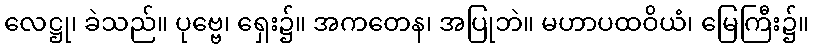
လေဋ္ဌု၊ ခဲသည်။ ပုဗ္ဗေ၊ ရှေး၌။ အကတေန၊ အပြုဘဲ။ မဟာပထဝိယံ၊ မြေကြီး၌။